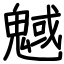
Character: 魊